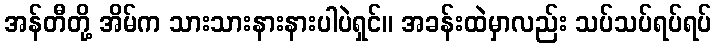
အန်တီတို့ အိမ်က သားသားနားနားပါပဲရှင်။ အခန်းထဲမှာလည်း သပ်သပ်ရပ်ရပ်